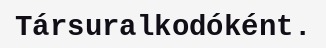
Társuralkodóként.